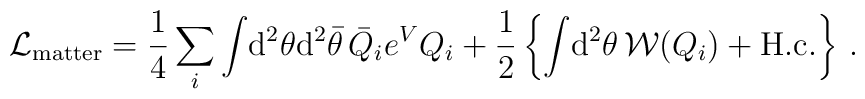
{\cal L}_{\rm matter}= \frac{1}{4}\sum_i \int\!{\rm d}^2\theta{\rm d}^2\bar\theta\,\bar Q_i e^V Q_i +\frac{1}{2}\left\{\int\!{\rm d}^2\theta\,{\cal W}(Q_i)+{\rm H.c.}\right\}\,.